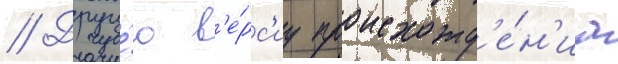
// Другу́ю в'е́рс'иу происхожд'е́н'иа